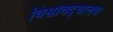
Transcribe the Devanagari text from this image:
विश्वविद्‌यालय